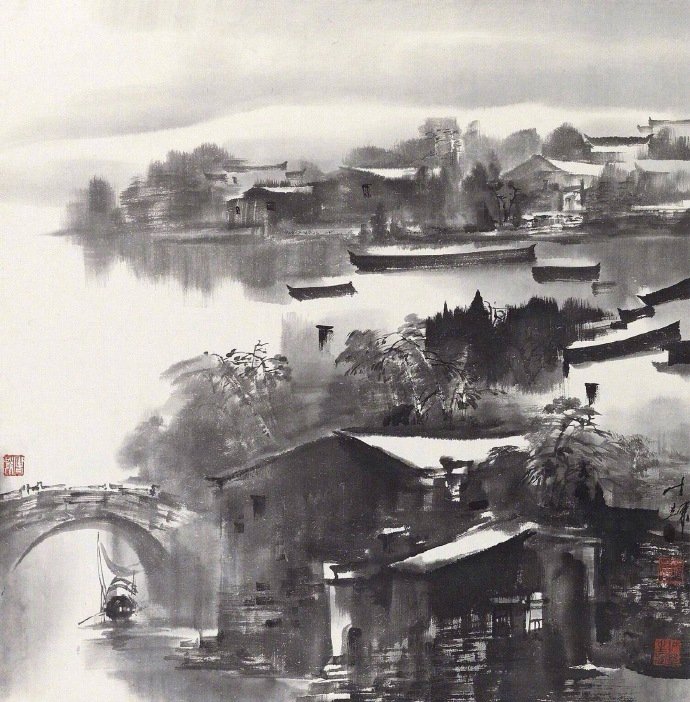
箫鼓追随春社近，衣冠简朴古风存。